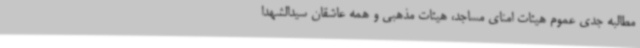
مطالبه جدی عموم هیئات امنای مساجد، هیئات مذهبی و همه عاشقان سیدالشهدا